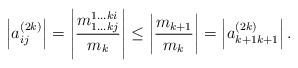
LaTeX: \begin{align*}\left|a^{(2k)}_{ij}\right|=\left|\dfrac{m^{1\dots ki}_{1\dots kj}}{m_{k}}\right|\leq \left| \dfrac{m_{k+1}}{m_k}\right|=\left|a^{(2k)}_{k+1k+1}\right|.\end{align*}